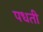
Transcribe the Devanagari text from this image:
पधती